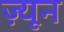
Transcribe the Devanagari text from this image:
ज़्यून